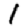
Digit: 1